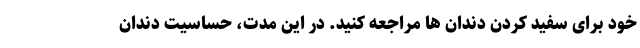
خود برای سفید کردن دندان ها مراجعه کنید. در این مدت، حساسیت دندان